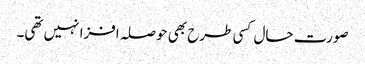
صورت حال کسی طرح بھی حوصلہ افزا نہیں تھی۔